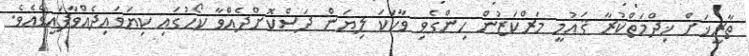
ތާރީޚަށް ޚިދްމަތްކުރާ ޤައުމީ މަރްކަޒުން ހިންގެވި ވާހަކަ ލިޔަން ދަސްކޮށްދެއްވާ ކޯހުގައި ކިޔަވައިދެއްވާފައިވެއެވެ.